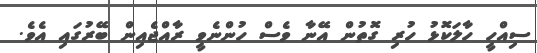
ސިއްހީ ހާލަކޮޅު ހުރި ގޮތުން އޭނާ ވެސް ހުންނެވީ ރާއްޖެއިން ބޭރުގައި އެވެ.